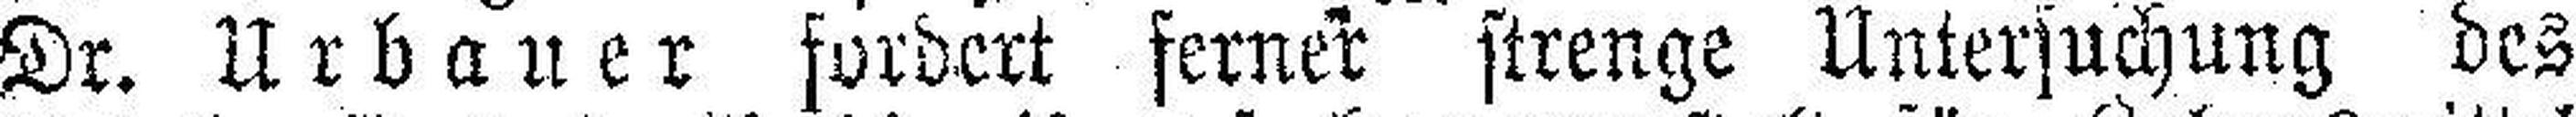
Dr. Urbauer fordert ferner strenge Untersuchung des